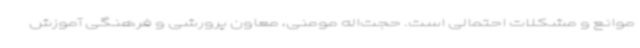
موانع و مشکلات احتمالی است. حجت‌اله مومنی، معاون پرورشی و فرهنگی آموزش